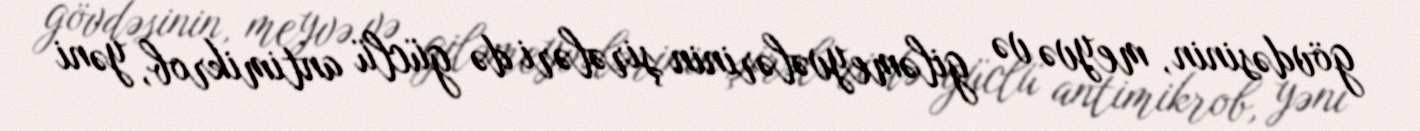
gövdəsinin, meyvə və giləmeyvələrinin şirələri də güclü antimikrob, yəni